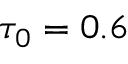
\tau _ { 0 } = 0 . 6